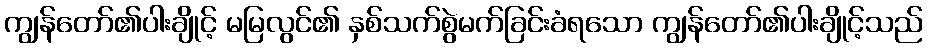
ကျွန်တော်၏ပါးချိုင့် မမြလွင်၏ နှစ်သက်စွဲမက်ခြင်းခံရသော ကျွန်တော်၏ပါးချိုင့်သည်